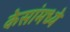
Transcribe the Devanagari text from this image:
केसांमध्ये